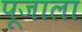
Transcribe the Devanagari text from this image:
पूजाला